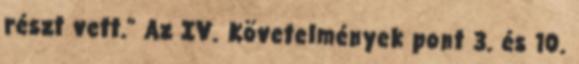
részt vett.” Az IV. Követelmények pont 3. és 10.